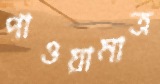
পাওয়ামাত্র